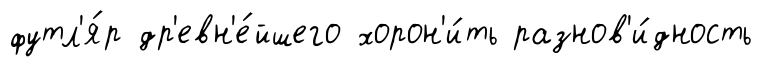
футл'я́р др'евн'е́йшего хорон'и́ть разнов'и́дность